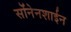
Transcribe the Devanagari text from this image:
सोंनेनशाईन